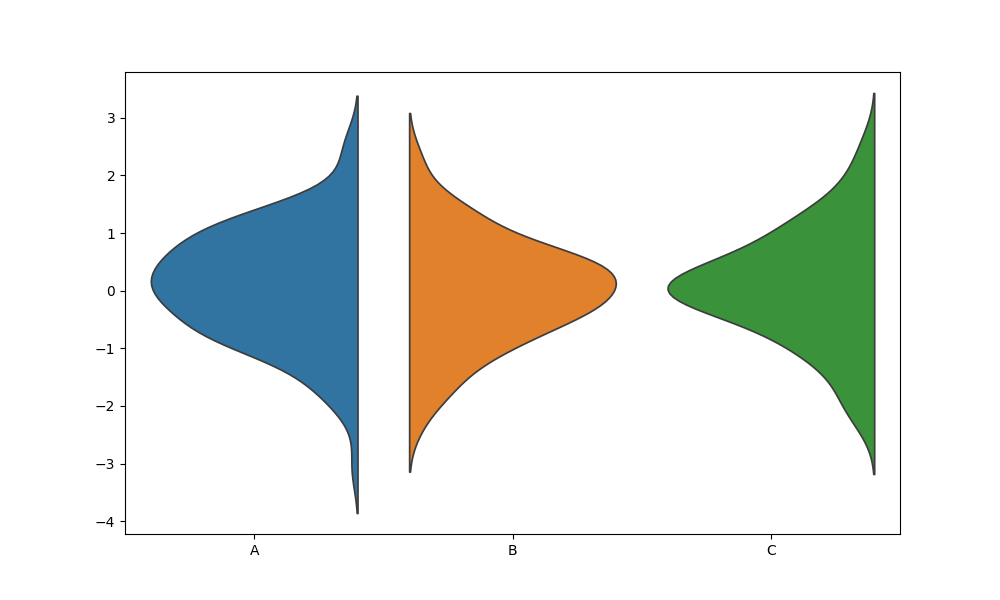
python, seaborn, violinplot, scale='width', split='True', inner='None', fill='True'